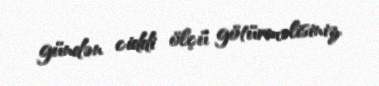
gündən ciddi ölçü götürməlisiniz.